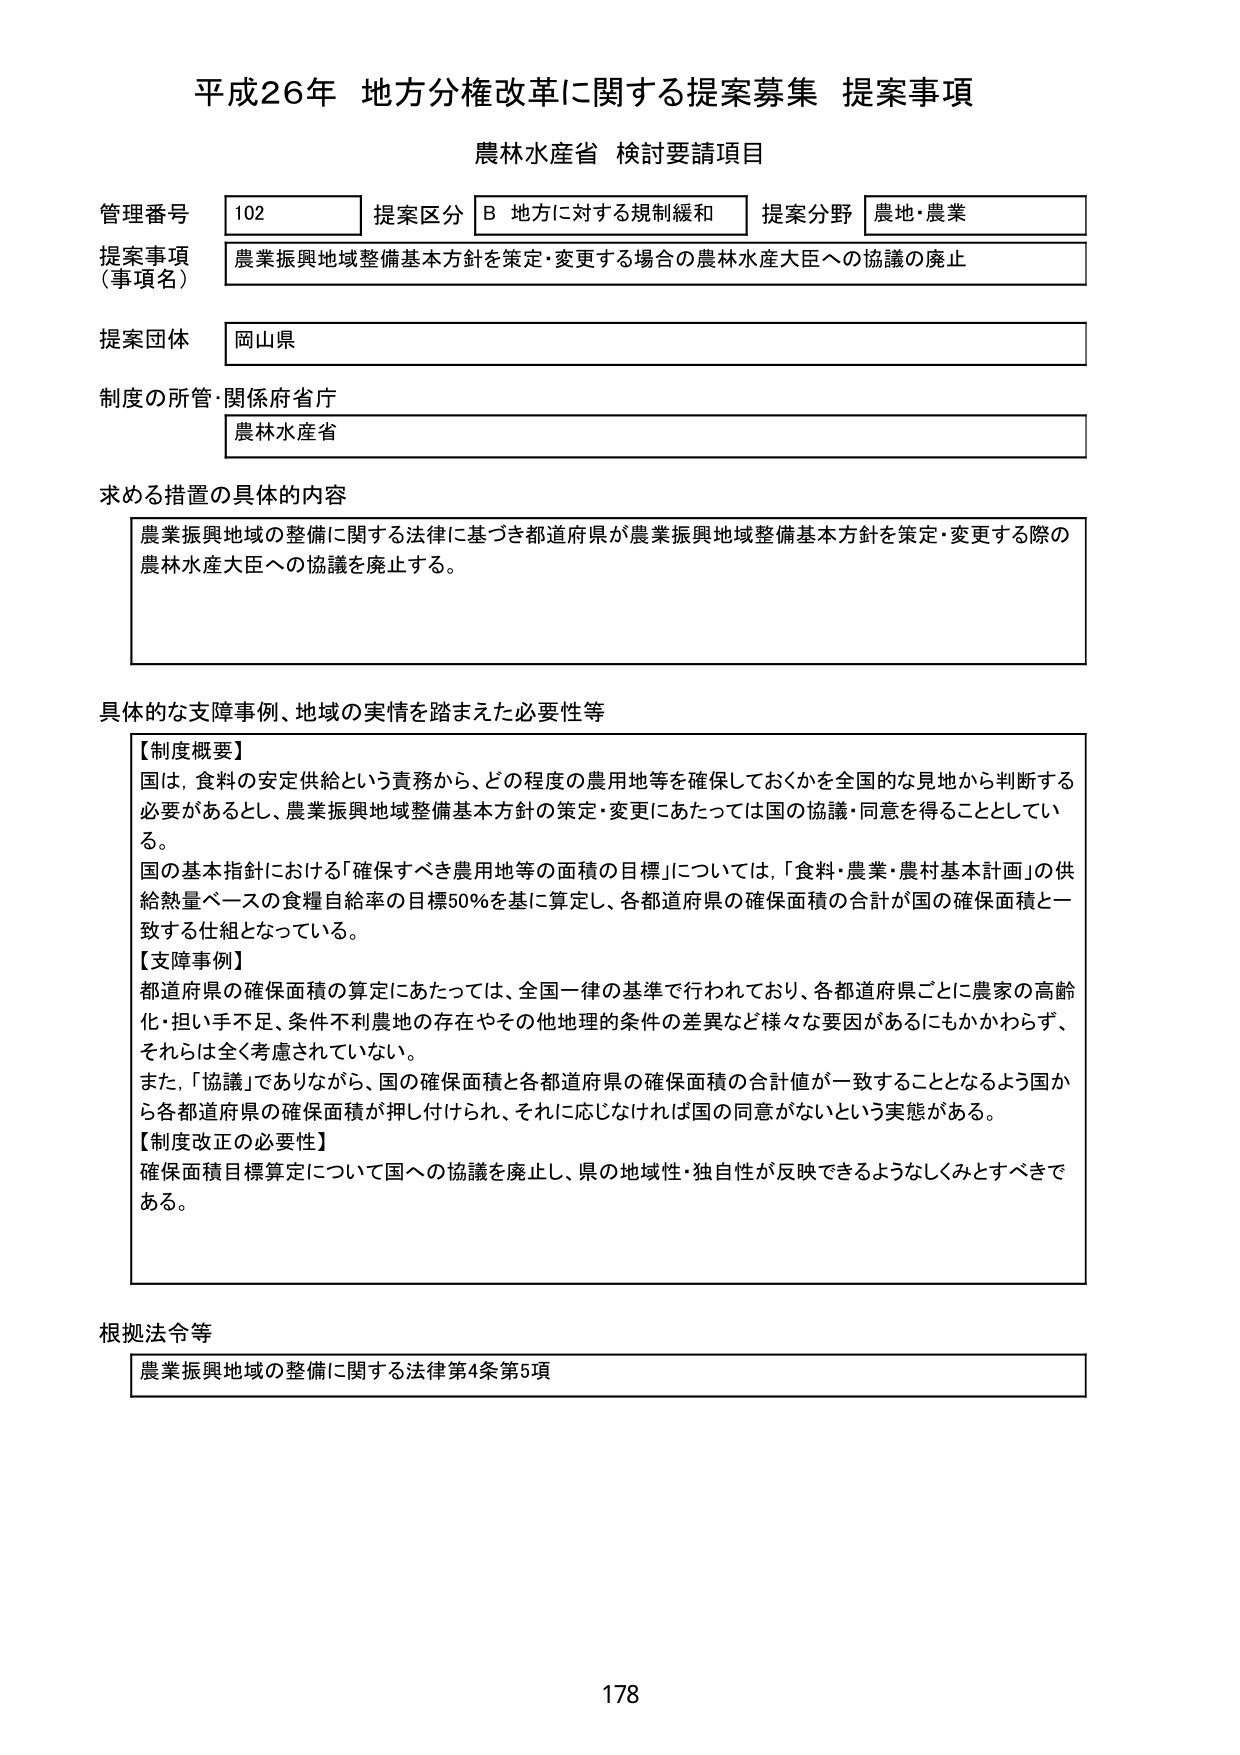
平成26年 地方分権改革に関する提案募集 提案事項
農林水産省 検討要請項目

管理番号 102 提案区分 B 地方に対する規制緩和 提案分野 農地・農業
提案事項（事項名） 農業振興地域整備基本方針を策定・変更する場合の農林水産大臣への協議の廃止
提案団体 岡山県
制度の所管・関係府省庁 農林水産省

求める措置の具体的内容
農業振興地域の整備に関する法律に基づき都道府県が農業振興地域整備基本方針を策定・変更する際の農林水産大臣への協議を廃止する。

具体的な支障事例、地域の実情を踏まえた必要性等
【制度概要】
国は、食料の安定供給という責務から、どの程度の農用地等を確保しておくかを全国的な見地から判断する必要があるとし、農業振興地域整備基本方針の策定・変更にあたっては国の協議・同意を得ることとしている。
国の基本指針における「確保すべき農用地等の面積の目標」については、「食料・農業・農村基本計画」の供給熱量ベースの食糧自給率の目標50％を基に算定し、各都道府県の確保面積の合計が国の確保面積と一致する仕組となっている。
【支障事例】
都道府県の確保面積の算定にあたっては、全国一律の基準で行われており、各都道府県ごとに農家の高齢化・担い手不足、条件不利農地の存在やその他地理的条件の差異など様々な要因があるにもかかわらず、それらは全く考慮されていない。
また、「協議」でありながら、国の確保面積と各都道府県の確保面積の合計値が一致することとなるよう国から各都道府県の確保面積が押し付けられ、それに応じなければ国の同意がないという実態がある。
【制度改正の必要性】
確保面積目標算定について国への協議を廃止し、県の地域性・独自性が反映できるようなくみとすべきである。

根拠法令等
農業振興地域の整備に関する法律第4条第5項

178